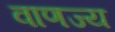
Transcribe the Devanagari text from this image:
वाणज्य